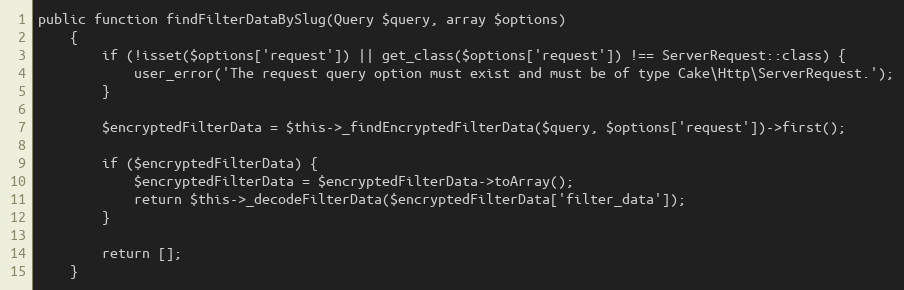
Language: PHP
public function findFilterDataBySlug(Query $query, array $options)
    {
        if (!isset($options['request']) || get_class($options['request']) !== ServerRequest::class) {
            user_error('The request query option must exist and must be of type Cake\Http\ServerRequest.');
        }

        $encryptedFilterData = $this->_findEncryptedFilterData($query, $options['request'])->first();

        if ($encryptedFilterData) {
            $encryptedFilterData = $encryptedFilterData->toArray();
            return $this->_decodeFilterData($encryptedFilterData['filter_data']);
        }

        return [];
    }